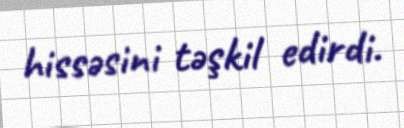
hissəsini təşkil edirdi.